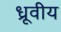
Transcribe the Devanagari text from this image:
ध्रूवीय